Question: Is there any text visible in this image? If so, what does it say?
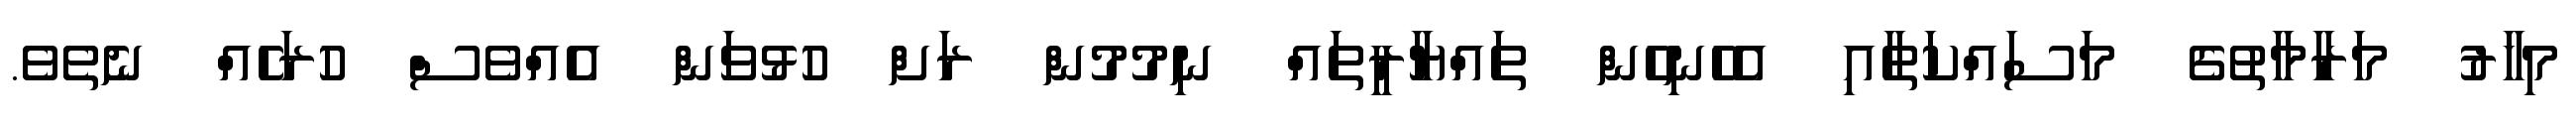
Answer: މިހާރު މަރާމާތުގެ މަސައްކަތާއި އެހެނިހެން ތައްޔާރީތައް ނިމުމުން ރަށް ހުޅުވަން އެއްވެސް ހުރަހެއް ނެތެވެ.